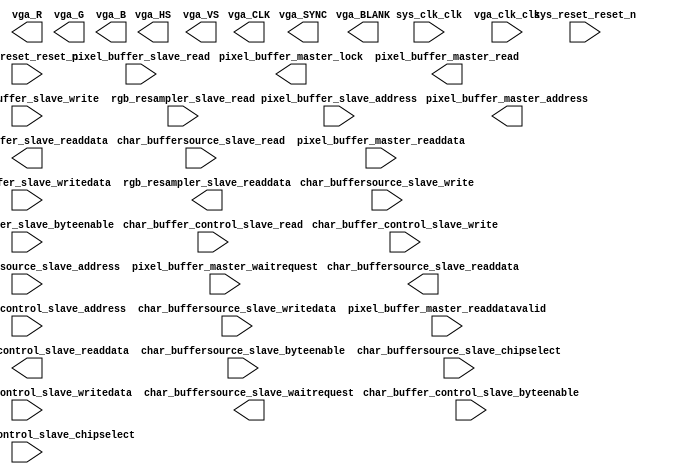

module VGASubsystem (
	char_buffer_control_slave_address,
	char_buffer_control_slave_byteenable,
	char_buffer_control_slave_chipselect,
	char_buffer_control_slave_read,
	char_buffer_control_slave_write,
	char_buffer_control_slave_writedata,
	char_buffer_control_slave_readdata,
	char_buffersource_slave_byteenable,
	char_buffersource_slave_chipselect,
	char_buffersource_slave_read,
	char_buffersource_slave_write,
	char_buffersource_slave_writedata,
	char_buffersource_slave_readdata,
	char_buffersource_slave_waitrequest,
	char_buffersource_slave_address,
	pixel_buffer_master_readdatavalid,
	pixel_buffer_master_waitrequest,
	pixel_buffer_master_address,
	pixel_buffer_master_lock,
	pixel_buffer_master_read,
	pixel_buffer_master_readdata,
	pixel_buffer_slave_address,
	pixel_buffer_slave_byteenable,
	pixel_buffer_slave_read,
	pixel_buffer_slave_write,
	pixel_buffer_slave_writedata,
	pixel_buffer_slave_readdata,
	rgb_resampler_slave_read,
	rgb_resampler_slave_readdata,
	sys_clk_clk,
	sys_reset_reset_n,
	vga_CLK,
	vga_HS,
	vga_VS,
	vga_BLANK,
	vga_SYNC,
	vga_R,
	vga_G,
	vga_B,
	vga_clk_clk,
	vga_reset_reset_n);	

	input		char_buffer_control_slave_address;
	input	[3:0]	char_buffer_control_slave_byteenable;
	input		char_buffer_control_slave_chipselect;
	input		char_buffer_control_slave_read;
	input		char_buffer_control_slave_write;
	input	[31:0]	char_buffer_control_slave_writedata;
	output	[31:0]	char_buffer_control_slave_readdata;
	input		char_buffersource_slave_byteenable;
	input		char_buffersource_slave_chipselect;
	input		char_buffersource_slave_read;
	input		char_buffersource_slave_write;
	input	[7:0]	char_buffersource_slave_writedata;
	output	[7:0]	char_buffersource_slave_readdata;
	output		char_buffersource_slave_waitrequest;
	input	[12:0]	char_buffersource_slave_address;
	input		pixel_buffer_master_readdatavalid;
	input		pixel_buffer_master_waitrequest;
	output	[31:0]	pixel_buffer_master_address;
	output		pixel_buffer_master_lock;
	output		pixel_buffer_master_read;
	input	[15:0]	pixel_buffer_master_readdata;
	input	[1:0]	pixel_buffer_slave_address;
	input	[3:0]	pixel_buffer_slave_byteenable;
	input		pixel_buffer_slave_read;
	input		pixel_buffer_slave_write;
	input	[31:0]	pixel_buffer_slave_writedata;
	output	[31:0]	pixel_buffer_slave_readdata;
	input		rgb_resampler_slave_read;
	output	[31:0]	rgb_resampler_slave_readdata;
	input		sys_clk_clk;
	input		sys_reset_reset_n;
	output		vga_CLK;
	output		vga_HS;
	output		vga_VS;
	output		vga_BLANK;
	output		vga_SYNC;
	output	[7:0]	vga_R;
	output	[7:0]	vga_G;
	output	[7:0]	vga_B;
	input		vga_clk_clk;
	input		vga_reset_reset_n;
endmodule